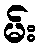
မ်း